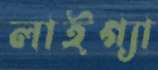
লাইগ্যা